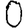
Digit: 0